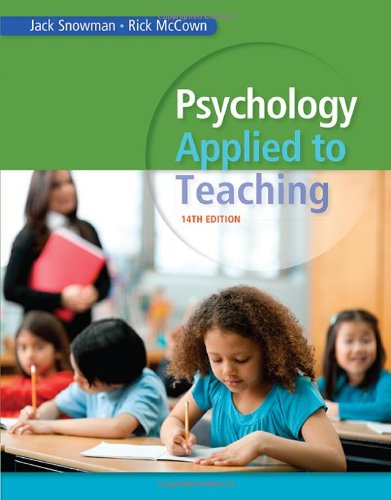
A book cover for Psychology Applied to Teaching; Jack Snowman; Medical Books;